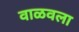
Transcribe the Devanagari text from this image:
वाळवला